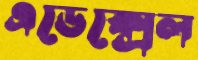
এডেক্সেল